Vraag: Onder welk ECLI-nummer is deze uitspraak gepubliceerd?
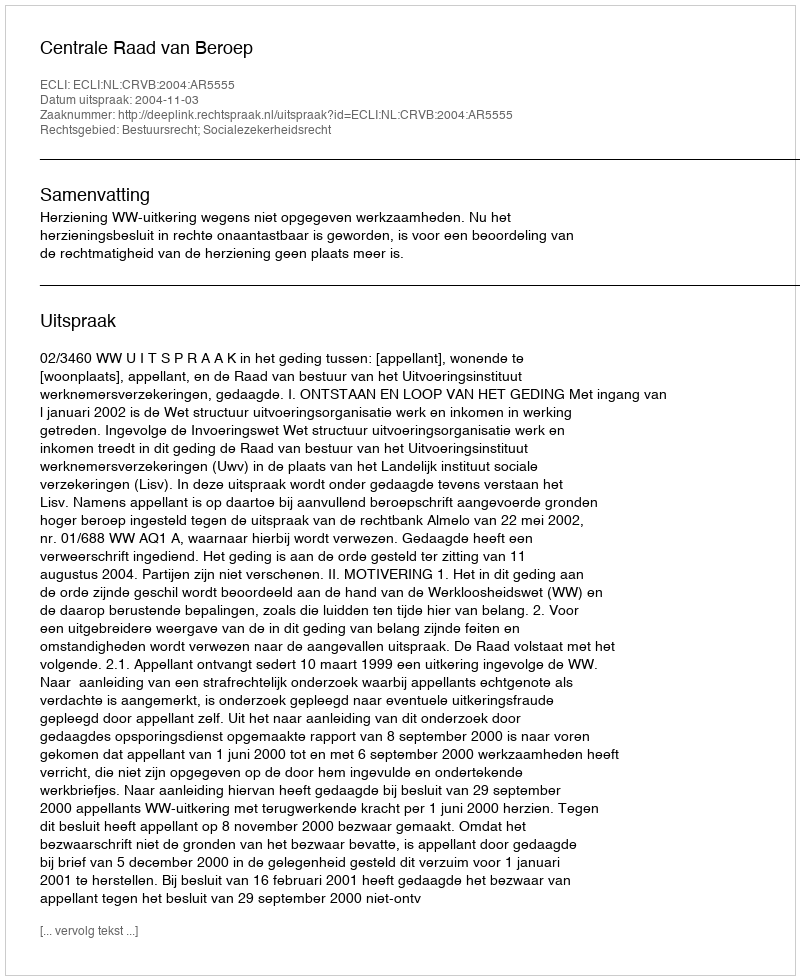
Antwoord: ECLI:NL:CRVB:2004:AR5555